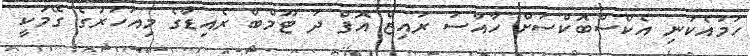
ހަމައެކަނި އެކްސްބޮކްސަށް ހާއްސަ ރައިޒް އޮފް ދަ ޓޫމްބް ރެއިޑާގެ މިއަހަރުގެ ގޭމަކީ